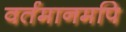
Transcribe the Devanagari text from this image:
वर्तमानमपि